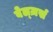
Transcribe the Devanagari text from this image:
बेल्ज़र्स